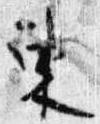
東